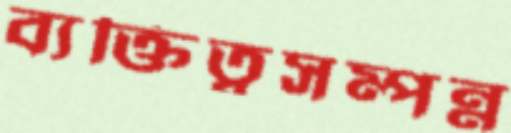
ব্যক্তিত্বসম্পন্ন